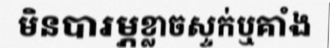
មិនបារម្ភខ្លាចស្ទក់ឬគាំង